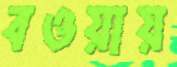
বওয়ায়